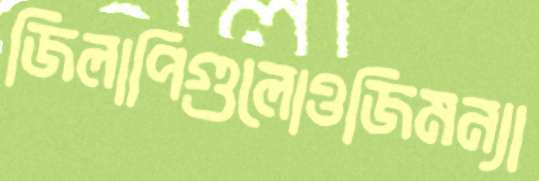
জিলাপিগুলোওজিমন্যা